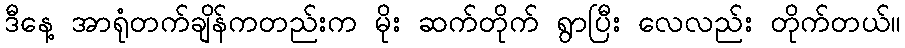
ဒီနေ့ အာရုံတက်ချိန်ကတည်းက မိုး ဆက်တိုက် ရွာပြီး လေလည်း တိုက်တယ်။